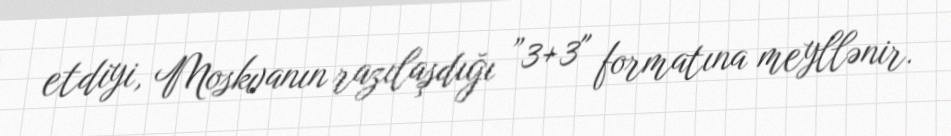
etdiyi, Moskvanın razılaşdığı ”3+3" formatına meyllənir.